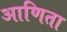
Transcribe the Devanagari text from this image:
आणिता